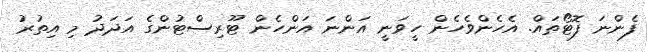
ފެންނަ ފޮޓޯތައް. އެހެންވެހެން ހީވަނީ އަންނަ އަންހެން ޓޫރިސްޓުންގެ އަދަދު މި އިތުރު